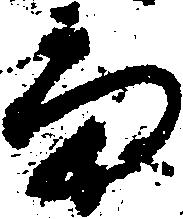
当